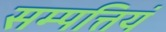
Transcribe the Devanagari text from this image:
सम्पत्तियं